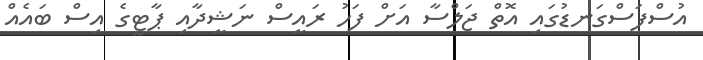
އުސްފަސްގަނޑުގައި އޮތް ޖަލްސާ އަށް ފަހު ރައީސް ނަޝީދާއި ޕާޓީގެ އިސް ބައެއް